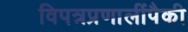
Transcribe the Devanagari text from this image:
विपत्रप्रणालींपैकी